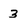
Character: 3